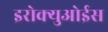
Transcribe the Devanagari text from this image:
इरोक्युओईस